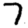
Digit: 7